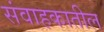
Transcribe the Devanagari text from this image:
संवाहकातील